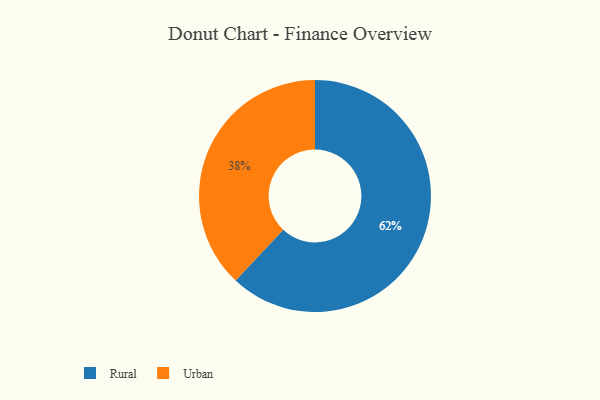
{"axis": {"x": "Category", "y": "Percentage"}, "legend": ["Rural", "Urban"], "data": [{"x": "Rural", "y": 62, "type": "Rural"}, {"x": "Urban", "y": 38, "type": "Urban"}]}